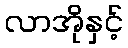
လာအိုနှင့်